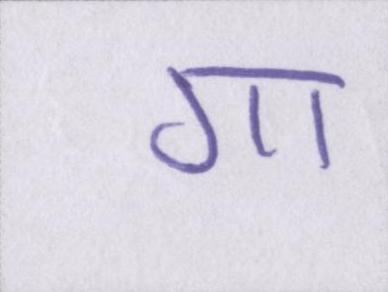
गा